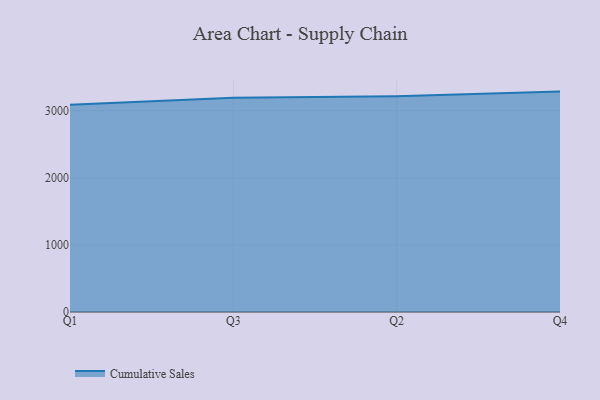
{"axis": {"x": "Quarter", "y": "Waste Production (Tons)"}, "legend": ["Cumulative Sales"], "data": [{"x": "Q1", "y": 3089.5, "type": "Cumulative Sales"}, {"x": "Q3", "y": 3192.7, "type": "Cumulative Sales"}, {"x": "Q2", "y": 3215.5, "type": "Cumulative Sales"}, {"x": "Q4", "y": 3284.4, "type": "Cumulative Sales"}]}